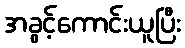
အခွင့်ကောင်းယူပြီး